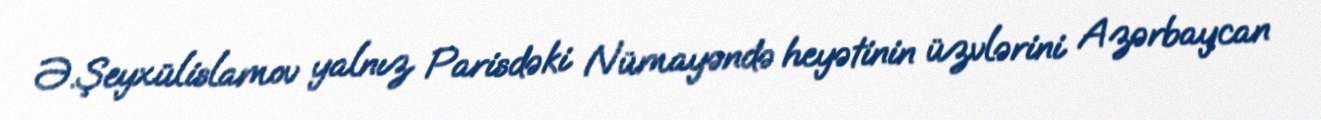
Ə.Şeyxülislamov yalnız Parisdəki Nümayəndə heyətinin üzvlərini Azərbaycan